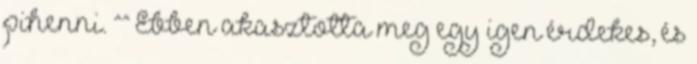
pihenni. ^^ Ebben akasztotta meg egy igen érdekes, és